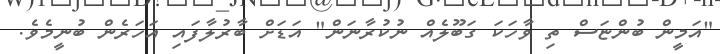
"އަމީން ބުންޏަސް ތި ވާހަކަ ގަބޫލެއް ނުކުރާނަން" އަޑަށް ބާރުލާފައި އަހަރެން ބުނީމެވެ.